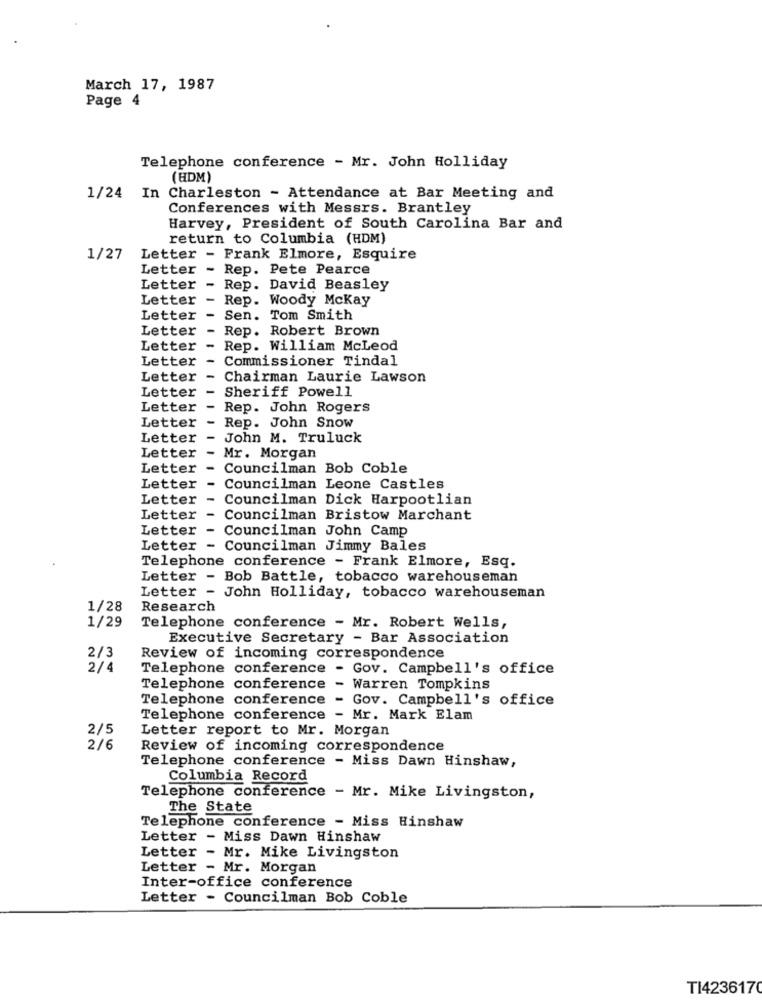
March 17, 1987
Page 4
Telephone conference - Mr. John Holliday
(HDM)
1/24 In Charleston - Attendance at Bar Meeting and
Conferences with Messrs. Brantley
Harvey, President of South Carolina Bar and
return to Columbia (HDM)
1/27
Letter - Frank Elmore, Esquire
Letter - Rep. Pete Pearce
Letter
- Rep. David Beasley
Letter
- Rep. Woody Mckay
Letter
- Sen. Tom Smith
Letter
Rep. Robert Brown
Letter
- Rep. William McLeod
Letter
Commissioner Tindal
Letter
Chairman Laurie Lawson
Letter
Sheriff Powell
Letter
Rep. John Rogers
-
Rep. John Snow
Letter
Letter -
John M. Truluck
Letter -
Mr. Morgan
Letter -
Councilman Bob Coble
Letter -
Councilman Leone Castles
Letter - Councilman Dick Harpootlian
Letter -
Councilman Bristow Marchant
Letter - Councilman John Camp
Letter - Councilman Jimmy Bales
Telephone conference - Frank Elmore, Esq.
Letter - Bob Battle, tobacco warehouseman
Letter - John Holliday, tobacco warehouseman
1/28
Research
1/29
Telephone conference - Mr. Robert Wells,
Executive Secretary - Bar Association
2/3
Review of incoming correspondence
2/4
Telephone conference - Gov. Campbell's office
Telephone conference - Warren Tompkins
Telephone conference - Gov. Campbell's office
Telephone conference - Mr. Mark Elam
2/5
Letter report to Mr. Morgan
2/6
Review of incoming correspondence
Telephone conference - Miss Dawn Hinshaw,
Columbia Record
Telephone conference - Mr. Mike Livingston,
The State
Telephone conference - Miss Hinshaw
Letter - Miss Dawn Hinshaw
Letter - Mr. Mike Livingston
Letter - Mr. Morgan
Inter-office conference
Letter - Councilman Bob Coble
TI4236170